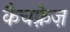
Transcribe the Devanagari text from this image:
कैचफ़्रेज़